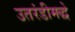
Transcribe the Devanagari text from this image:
उतरंडीमद्धे